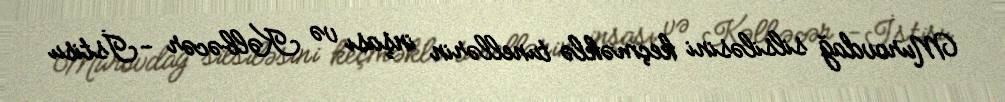
Murovdağ silsiləsini keçməklə tunellərin inşası və Kəlbəcər -İstisu